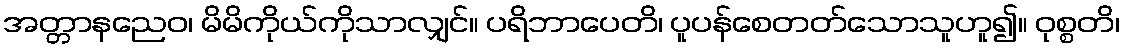
အတ္တာနညေဝ၊ မိမိကိုယ်ကိုသာလျှင်။ ပရိဘာပေတိ၊ ပူပန်စေတတ်သောသူဟူ၍။ ဝုစ္စတိ၊